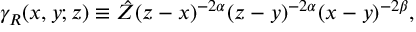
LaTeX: \gamma _ { R } ( x , y ; z ) \equiv \hat { Z } ( z - x ) ^ { - 2 \alpha } ( z - y ) ^ { - 2 \alpha } ( x - y ) ^ { - 2 \beta } ,